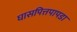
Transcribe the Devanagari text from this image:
घासपित्तपापडा